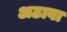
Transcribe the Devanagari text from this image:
अठावा